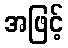
အဖြင့်